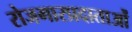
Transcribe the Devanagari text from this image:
रोजगारप्रदाताओं